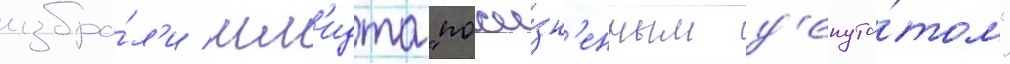
избра́л'и шм'идта "пожи́зн'енным д'епута́том"